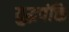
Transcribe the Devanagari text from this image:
युद्धपंक्ति